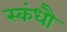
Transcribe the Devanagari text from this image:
स्कंधौ